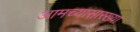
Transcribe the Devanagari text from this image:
आमच्यासारख्या